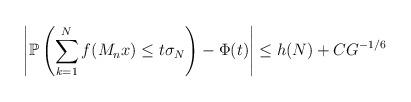
LaTeX: \begin{align*} \left|\mathbb{P}\left(\sum_{k=1}^Nf(M_nx)\leq t\sigma_N\right)-\Phi(t)\right|\leq h(N)+CG^{-1/6}\end{align*}